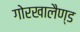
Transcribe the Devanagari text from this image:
गोरखालैण्ड